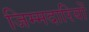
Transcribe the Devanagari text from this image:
जिम्मदारियों